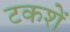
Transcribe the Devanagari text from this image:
टकशें